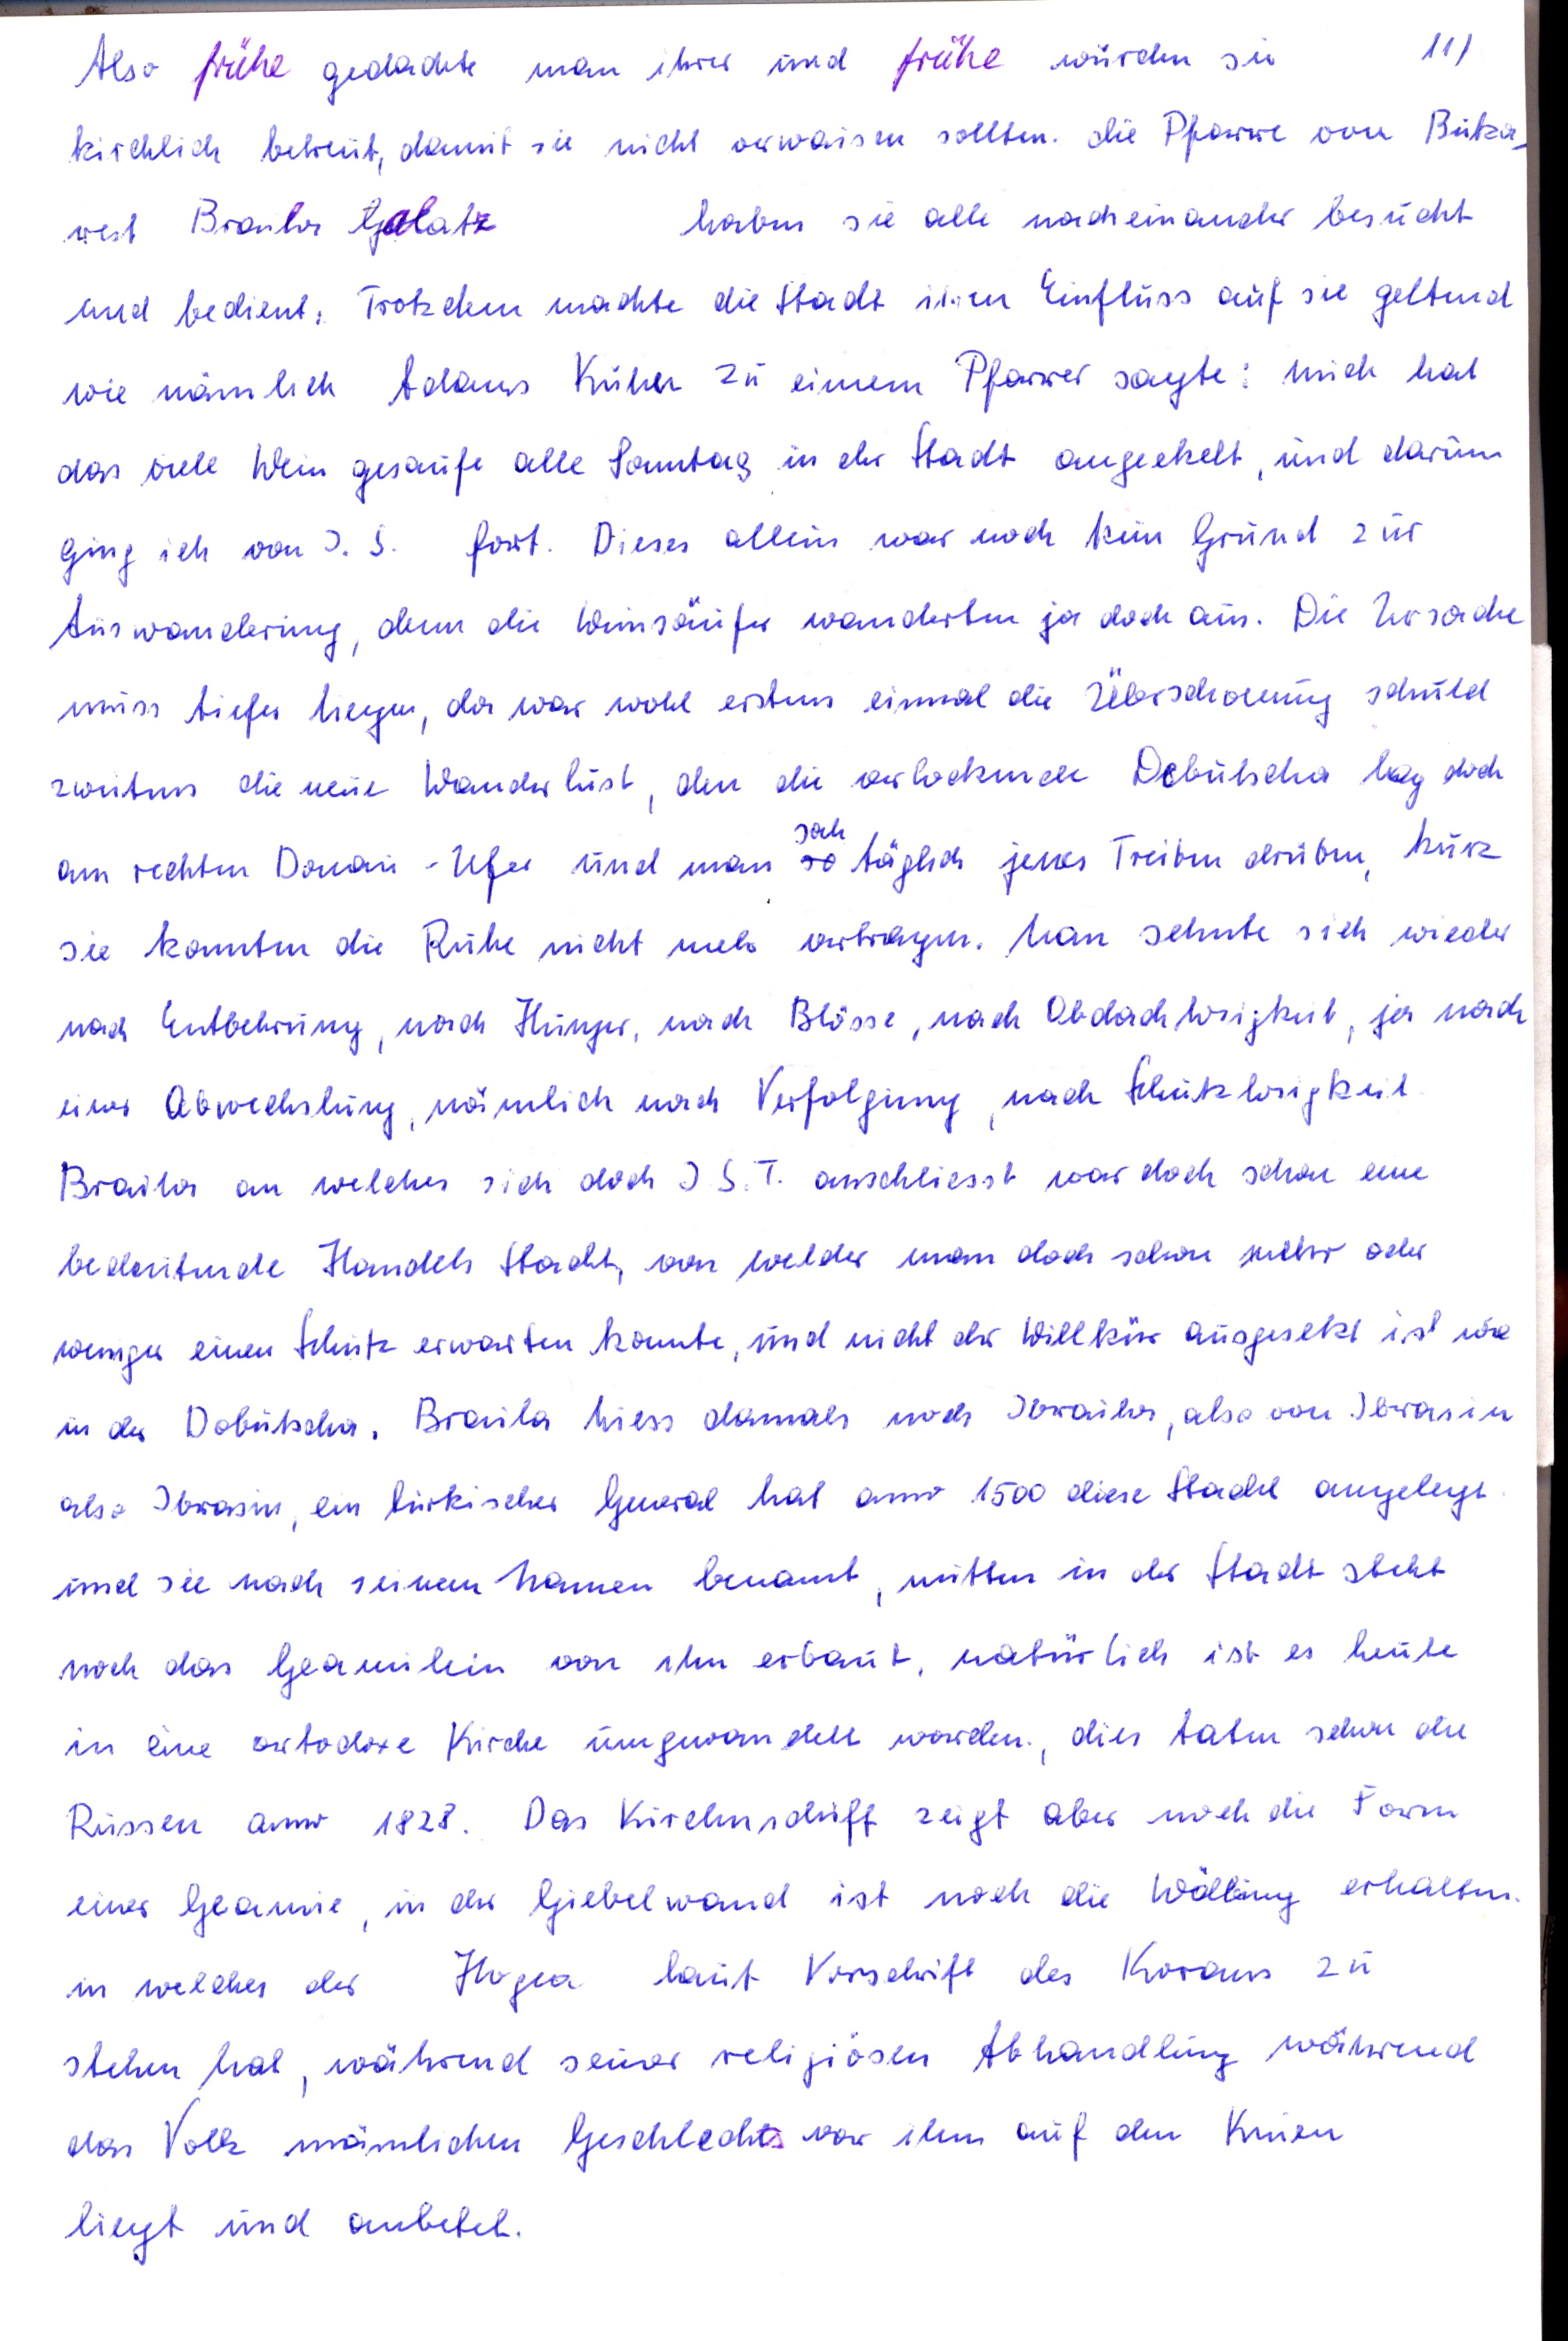
11)
Also frühe gedachte man ihrer und frühe wurden sie
kirchlich betreut, damit sie nicht verwaisen sollten. die Pfarre von Butza
         haben sie alle nacheinander besucht
west Braila Galatz
und bedient. Trotzdem machte die Stadt ihren Einfluss auf sie geltend
wie nämlich Adams Kuhn zu einem Pfarrer sagte: mich hat
das viele Wein gesaufe alle Sonntag in der Stadt angeekelt, und darum
ging ich von J. S. fort. Dieses allein war noch kein Grund zur
Auswanderung, denn die Weinsäufer wanderten ja doch aus. Die Ursache
muss tiefer liegen, da war wohl erstens einmal die Überschwung schuld
zweitens die neue Wanderlust, den die verlockende Debutscha lag doch
sah
am rechten Donau-Ufer und man so täglich jenes Treiben drüben, kurz
sie konnten die Ruhe nicht mehr vertragen. Man sehnte sich wieder
nach Entbehrung, nach Hunger, nach Blösse, nach Obdachlosigkeit, ja nach
einer Abwechslung, nämlich nach Verfolgung, nach Schutzlosigkeit.
Braila an welches sich doch J. S. T. anschliesst war doch schon eine
bedeutende Handels Stadt, von welcher man doch schon mehr oder
weniger einen Schutz erwarten konnte, und nicht der Willkür ausgesetzt ist wie
in der Dobutscha. Braila hiess namals noch Ibraila, also von Ibrasin
also Ibrasin, ein türkischer General hat anno 1500 diese Stadt angelegt
und sie nach seinem Namen benannt, mitten in der Stadt steht
noch das Geamihin von ihm erbaut, natürlich ist es heute
in eine ortodoxe Kirche umgewandelt worden, dies taten schon die
anno 1828. Das Kirchenschiff zeigt aber noch die Form
einer Geamie, in der Giebelwand ist noch die Wölbung erhalten,
in welcher der Hogea laut Vorschrift des Koran zu
stehen hat, während seiner religiösen Abhandlung während
das Volk männlichen Geschlechts vor ihm auf den Knien
liegt und anbetet.